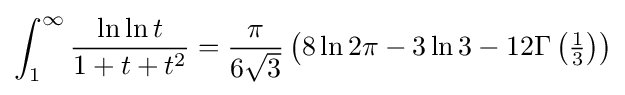
\int _{1}^{\infty }{\frac {\ln \ln t}{1+t+t^{2}}}={\frac {\pi }{6{\sqrt {3}}}}\left(8\ln 2\pi -3\ln 3-12\Gamma \left({\tfrac {1}{3}}\right)\right)